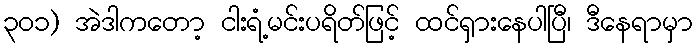
၃၀၁) အဲဒါကတော့ ငါးရံ့မင်းပရိတ်ဖြင့် ထင်ရှားနေပါပြီ၊ ဒီနေရာမှာ